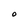
Character: O